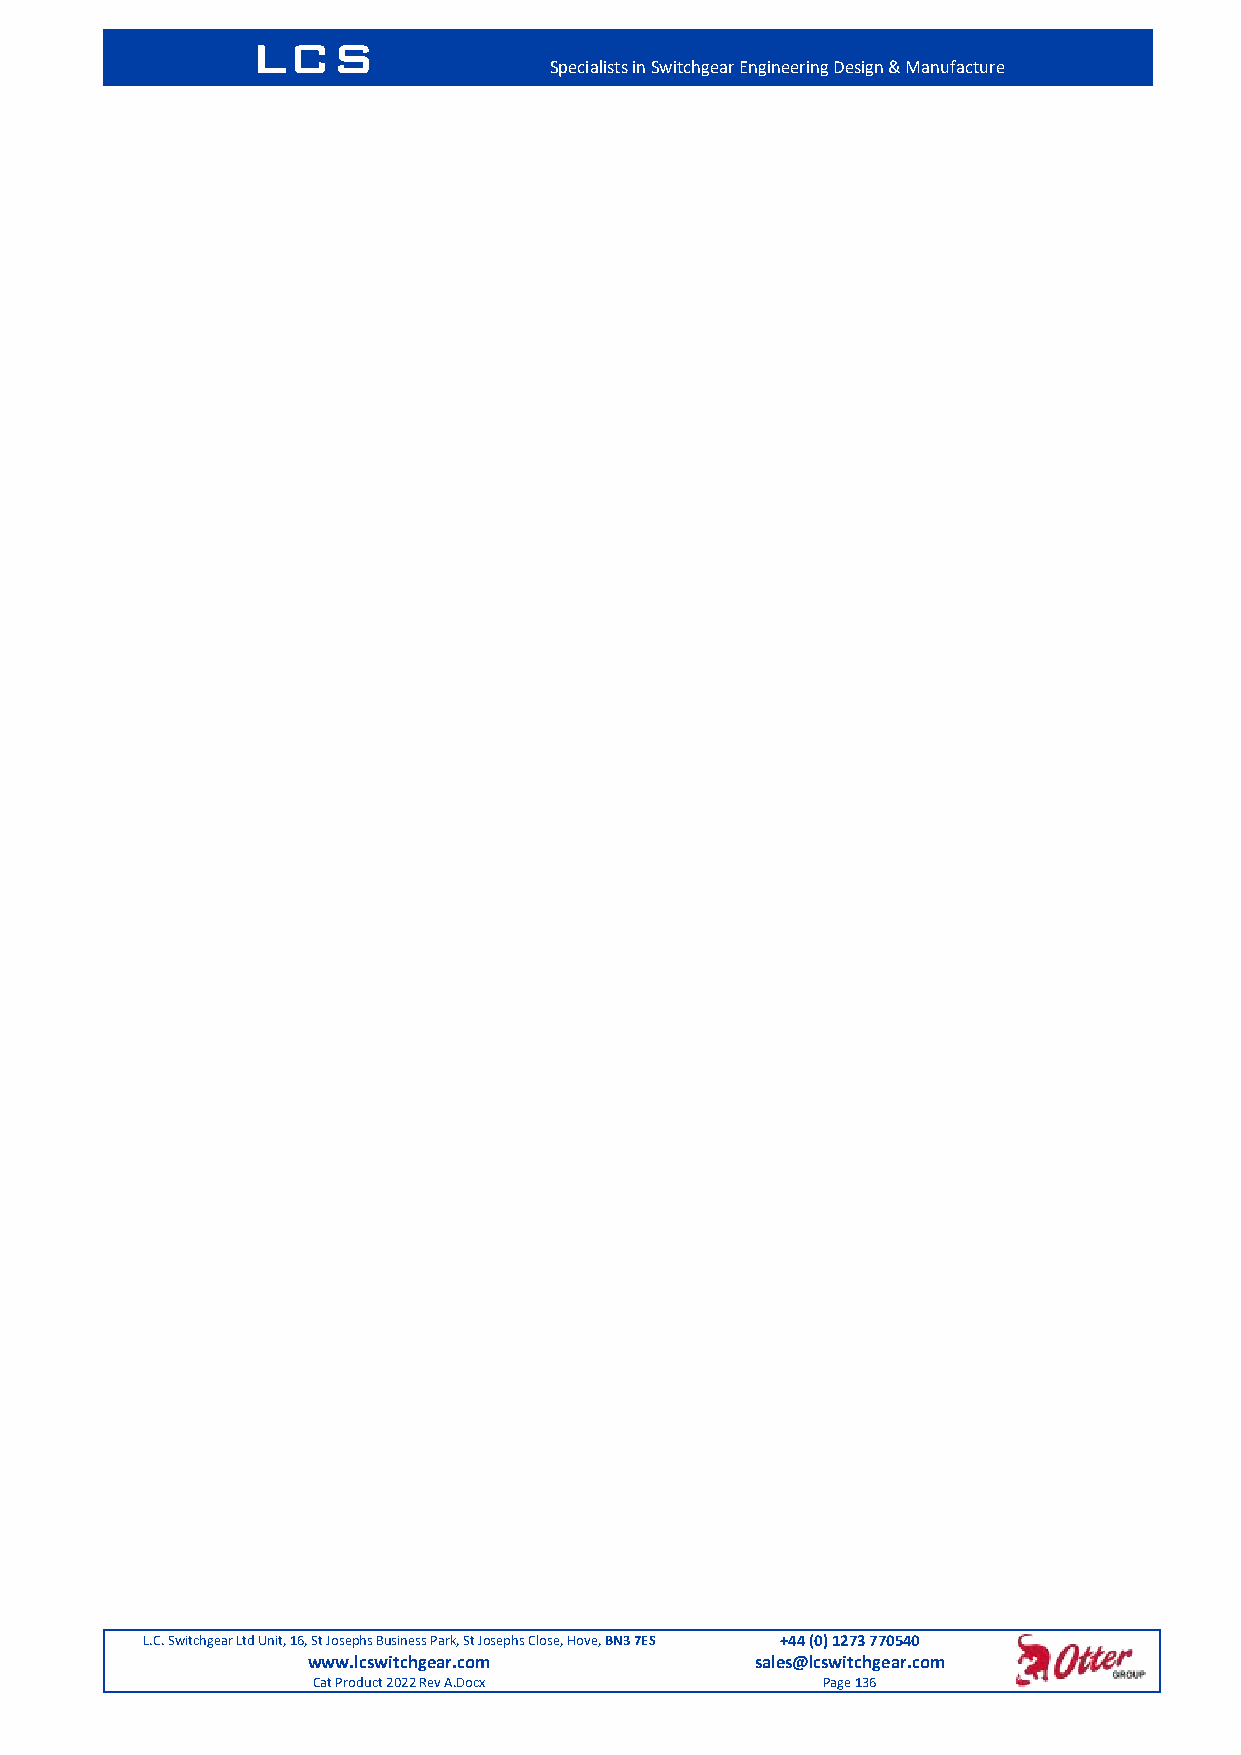
LCS
 Specialists in Switchgear Engineering Design & Manufacture
 L.C. Switchgear Ltd Unit, 16, St Josephs Business Park, St Josephs Close, Hove, BN3 7ES +44 (0) 1273 770540
 www.lcswitchgear.com          sales@lcswitchgear.com
 Cat Product 2022 Rev A.Docx      Page 136